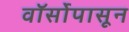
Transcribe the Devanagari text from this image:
वॉर्सोपासून